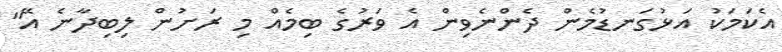
އެކަމަކު އަޅުގަނޑުމެން ދެންނެވިން އެ ވަރުގެ ބިމެއް މި ރަށުން ލިބިދާނެ އޭ"